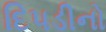
દિપડીનો